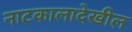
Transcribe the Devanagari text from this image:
नाटकालादेखील